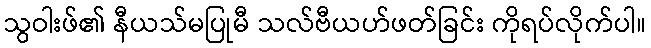
သွဝါးဖ်၏ နီယသ်မပြုမီ သလ်ဗီယဟ်ဖတ်ခြင်း ကိုရပ်လိုက်ပါ။